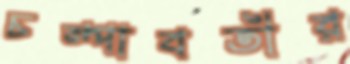
চম্পাবতীর